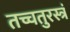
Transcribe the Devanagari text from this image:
तच्चतुरस्त्रं